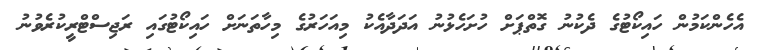
އެހެންކަމުން ހައިކޯޓުގެ ދެކުނު ގޮތްޕަށް ހުށަހެޅުނު އަދަދާއެކު މިއަހަރުގެ މިހާތަނަށް ހައިކޯޓުގައި ރަޖިސްޓްރީކުރެވުނު